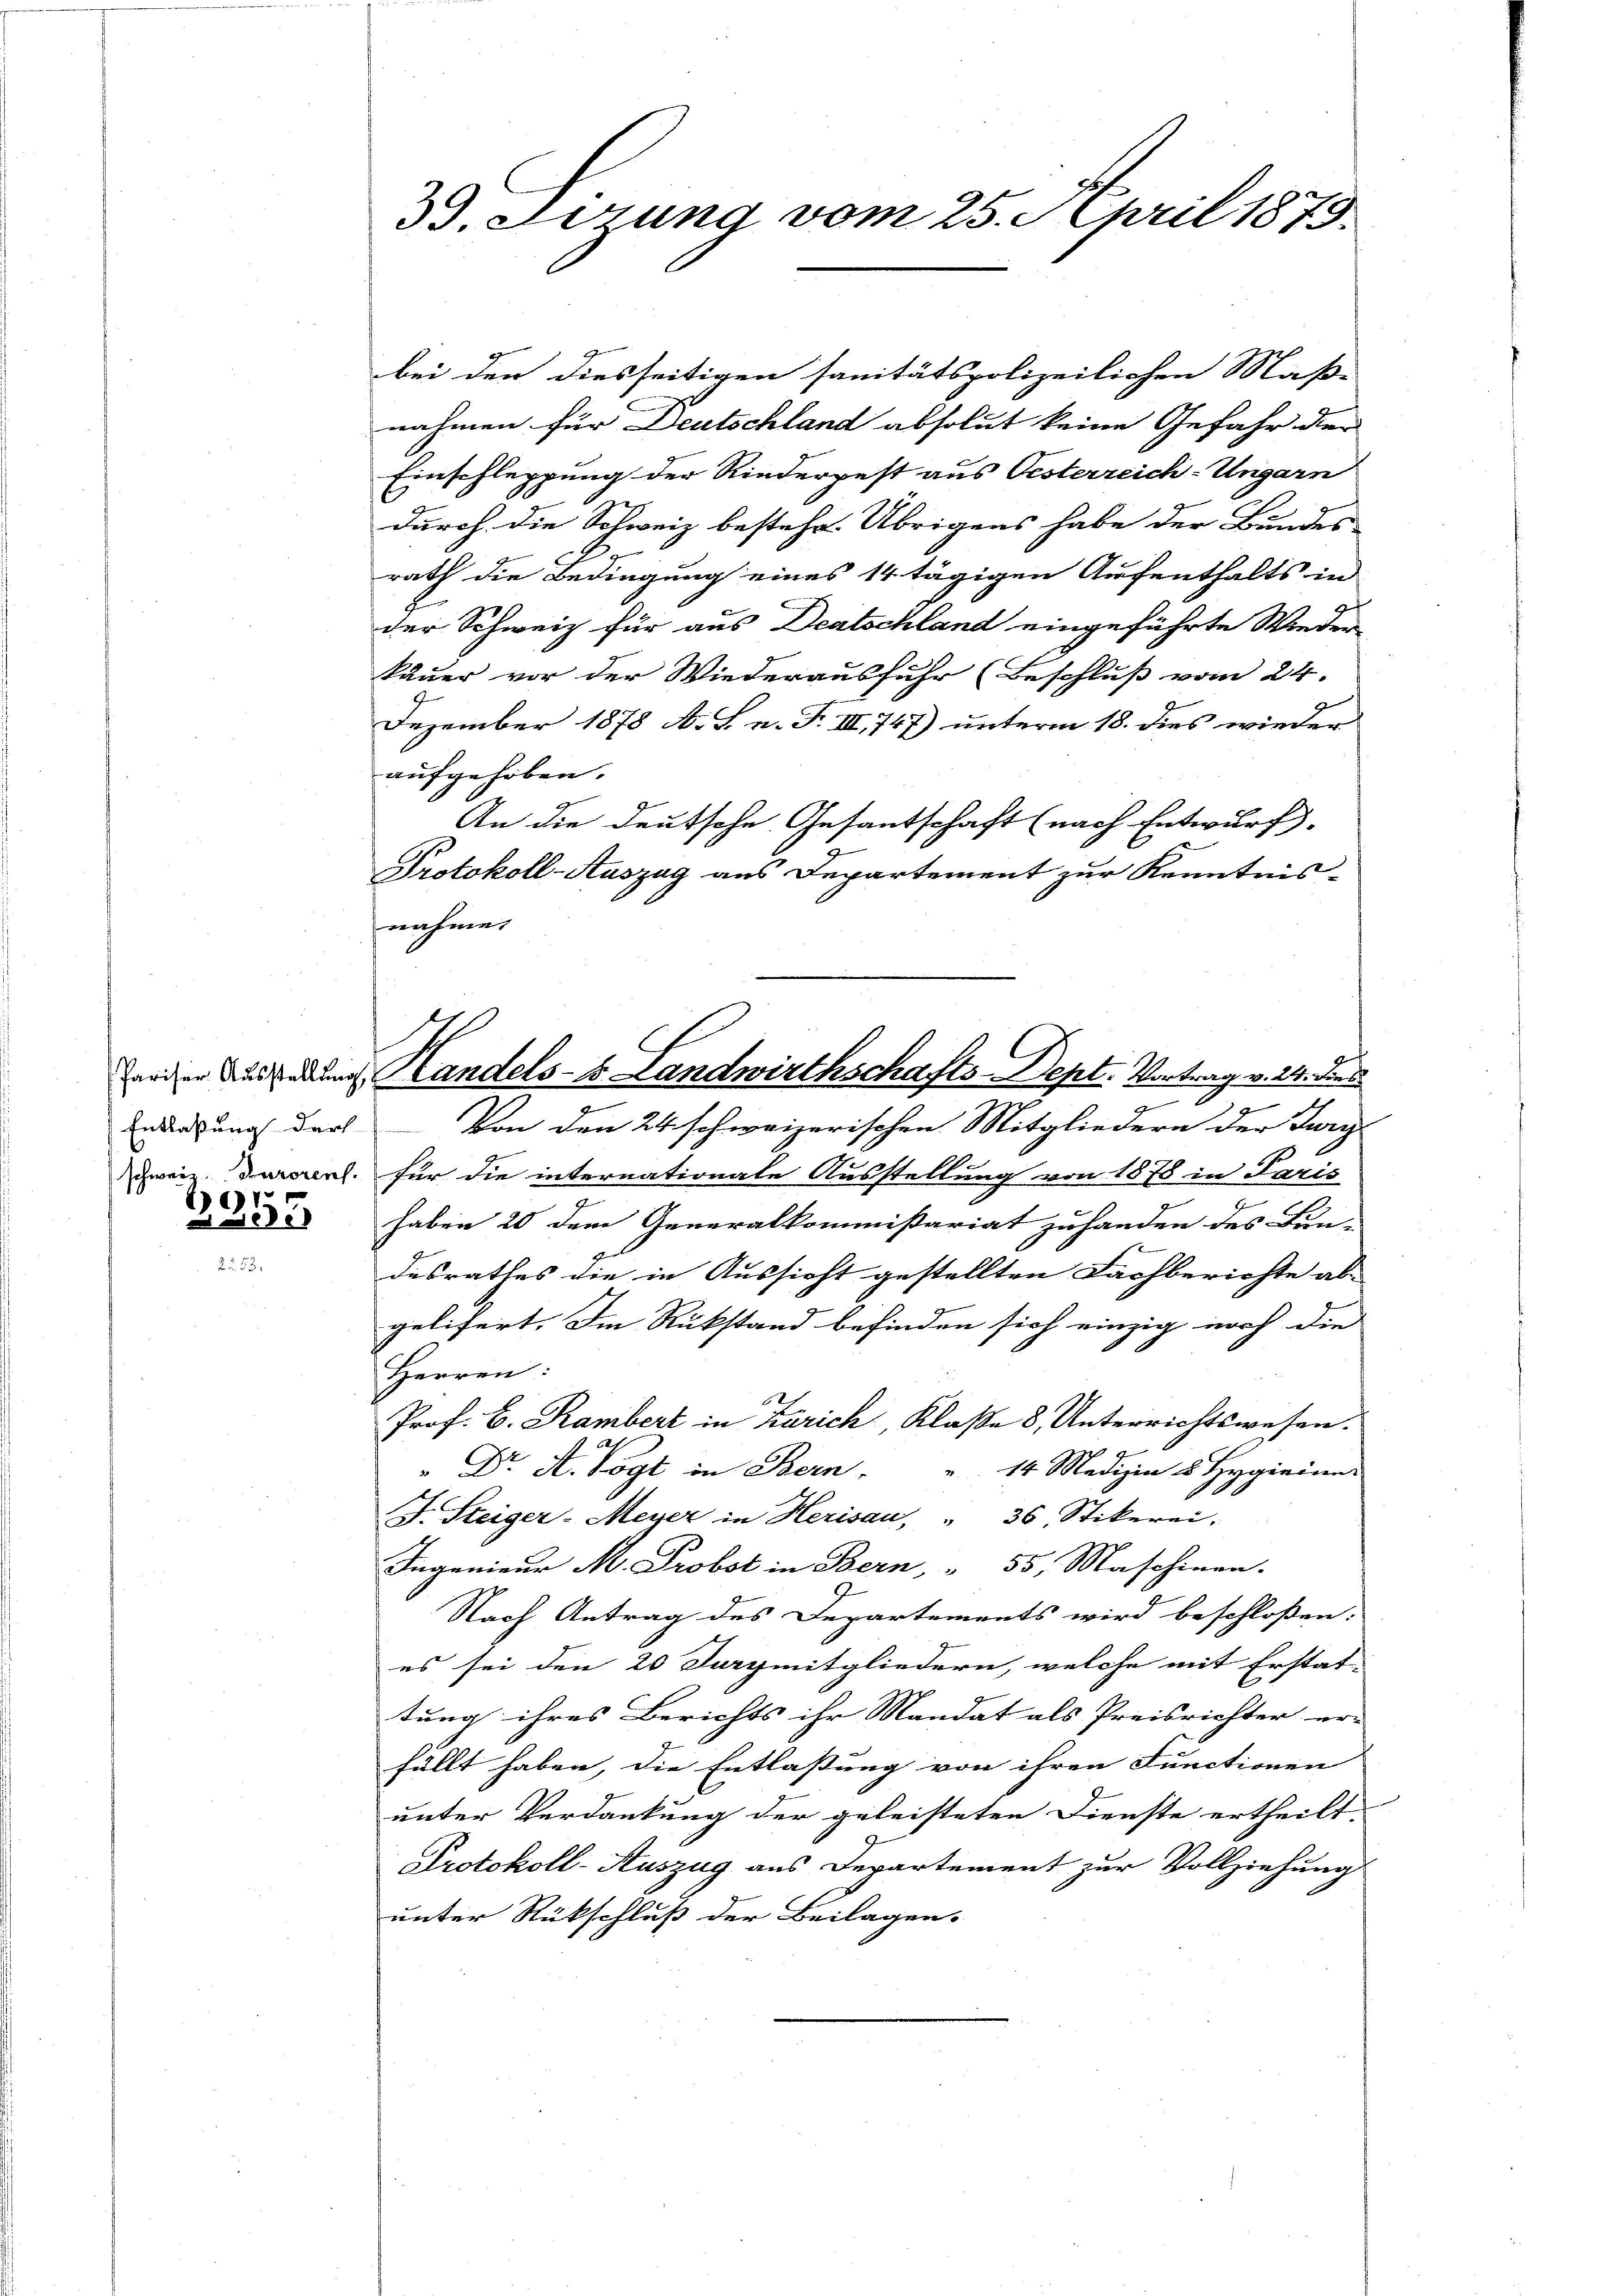
.

ie

33. Lerung vom 25. April 1875.

erden Ausbedung Handels- u. Landwirthschafts-Dept. Vortrag v. 24. die

bei den diesseitigen sanitätspolizeilichen Maß-
nahmen für Deutschland absolut keine Gefahr der
Einschleppung der Riederpest aus Oesterreich-Ungarn
durch die Schweiz bestehe. Übrigens habe der Bundes
rath die Bedingung eines 14 tägigen Aufenthalts in
der Schweiz für aus Deutschland eingeführte Wieder
kauer vor der Wiederausfuhr (Beschluß vom 24.
Dezember 1878 A. L. n. F. III 747) unterm 18. dies wieder
aufgehoben.
An die Deutsche Gesantschaft (nach Entwurf.
Protokoll-Auszag aus Departement zur Kenntnis-
nahme
Endigung der - Von den 24 schweizerischen Mitgliedern der Jury
weiz. Durch. für die internationale Ausstellung von 1878 in Paris
haben 20 dem Generalkommißariat zu handen des Bun-
desrathes die in Aussicht gestellten Fachberichte ab-
gelisert. Im Rükstand befinden sich einzig noch die
Herren:
Prof. H. Rambert in Karich, Klaße 8, Unterrichtswesen.
" Dr. A. Vogt in Bern.
14 Medizin 8 Hygierun
J. Steiger-Meyer in Herisau, " 36, Stikerei,
Ingenieur M. Probst in Bern, " 55, Maschinen.
Nach Antrag des Departements wird beschloßen:
es sei den 20 Jurymitgliedern, welche mit Erstat-
tung ihres Berichts ihr Mandat als Preisrichter er-
fällt haben, die Entlassung von ihren Functionen
unter Verdankung der geleisteten Dienste ertheilt,
Protokoll-Auszug aus Departement zur Vollziehung
unter Rückschluß der Beilagen.